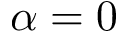
\alpha = 0